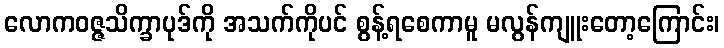
လောကဝဇ္ဇသိက္ခာပုဒ်ကို အသက်ကိုပင် စွန့်ရစေကာမူ မလွန်ကျူးတော့ကြောင်း၊